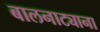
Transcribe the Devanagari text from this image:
बालनाट्याना